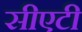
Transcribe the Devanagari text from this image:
सीएटी